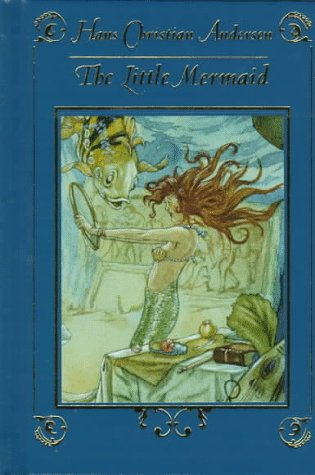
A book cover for The Little Mermaid; Hans Christian Andersen; Children's Books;